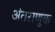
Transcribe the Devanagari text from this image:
अंतराणुक